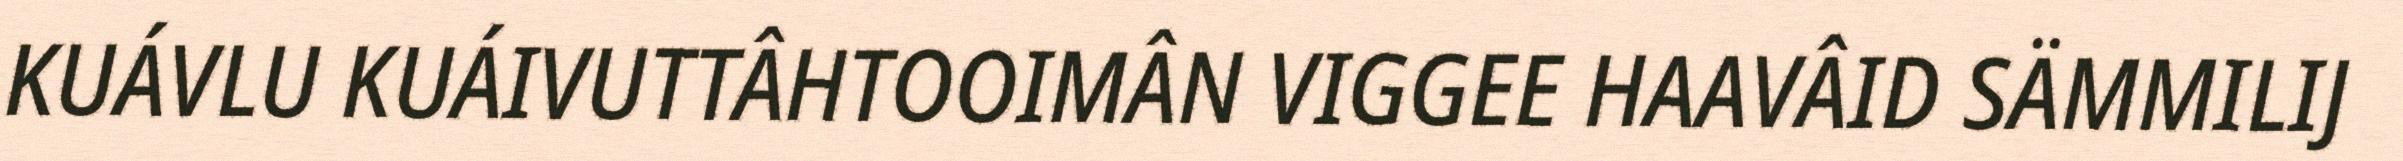
KUÁVLU KUÁIVUTTÂHTOOIMÂN VIGGEE HAAVÂID SÄMMILIJ